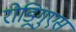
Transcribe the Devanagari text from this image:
रोड्रिगुएस